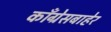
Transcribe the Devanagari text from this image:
काँग्रेसबाहेर